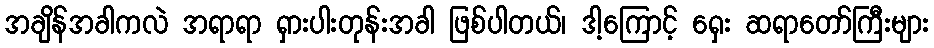
အချိန်အခါကလဲ အရာရာ ရှားပါးတုန်းအခါ ဖြစ်ပါတယ်၊ ဒါ့ကြောင့် ရှေး ဆရာတော်ကြီးများ